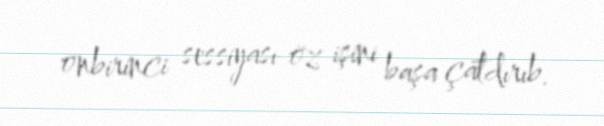
onbirinci sessiyası öz işini başa çatdırıb.